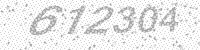
Solution: 612304